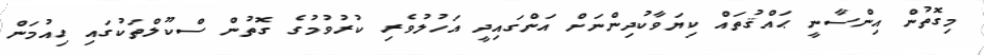
މިގޮތުން އިންސާނީ ޙައްޤުތައް ކިޔަވާކުދިންނަށް އަންގައިދީ އަހުލުވެރި ކުރުވުމުގެ ގޮތުން ސްކޫލްތަކުގައި ހިއުމަން